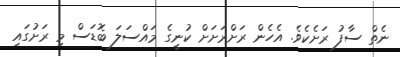
ނެތް ސާފު ރަށެކެވެ. އެހެން ރަށްރަށަށް ކުނީގެ މައްސަލަ ބޮޑަސް މި ރަށުގައި